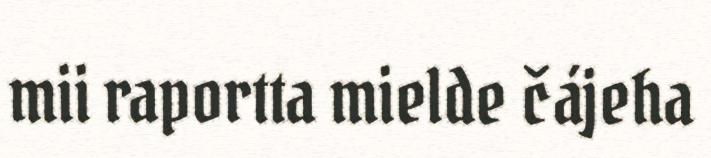
mii raportta mielde čájeha